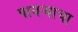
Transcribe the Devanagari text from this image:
पायऱ्याचा